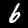
Label: 6